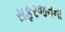
સફરજનના